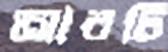
আরটি